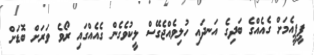
ޕީޕީއެމަށް ގެއެއްގެ ބަދިގެ އަނދައި ހުލިވެއްޖެގޭސް ލީކުވެގެން ގެއެއްގައި ރޯވެ ވަރަށް ބޮޑަށް